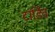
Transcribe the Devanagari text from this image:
टार्डिव